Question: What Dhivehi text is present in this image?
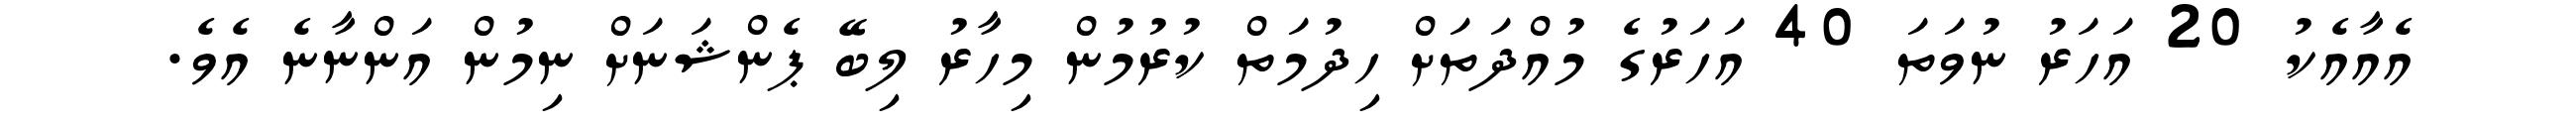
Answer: އެއާއެކު 20 އަހަރު ނުވަތަ 40 އަހަރުގެ މުއްދަތަށް ހިދުމަތް ކުރުމުން މިހާރު ލިބޭ ޕެންޝަނަށް ނިމުން އަންނާނެ އެވެ.